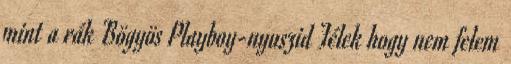
mint a rák Bögyös Playboy-nyuszid Félek hogy nem felem